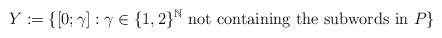
LaTeX: \begin{align*}Y:=\{[0;\gamma]:\gamma\in\{1,2\}^{\mathbb{N}} \textrm{ not containing the subwords in } P\}\end{align*}